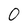
Character: 0